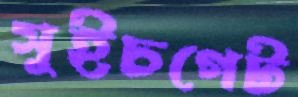
সুইচগেট